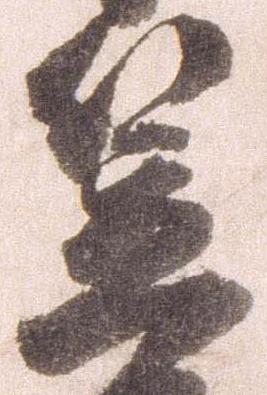
笠